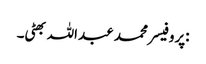
:پروفیسر محمد عبداللہ بھٹی۔